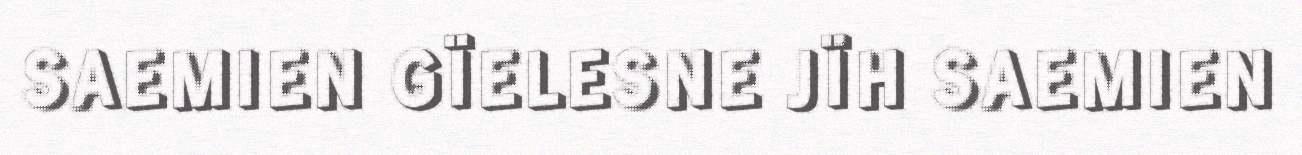
SAEMIEN GÏELESNE JÏH SAEMIEN